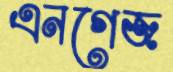
এনগেজ